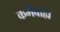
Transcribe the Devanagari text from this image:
कर्मबाह्य